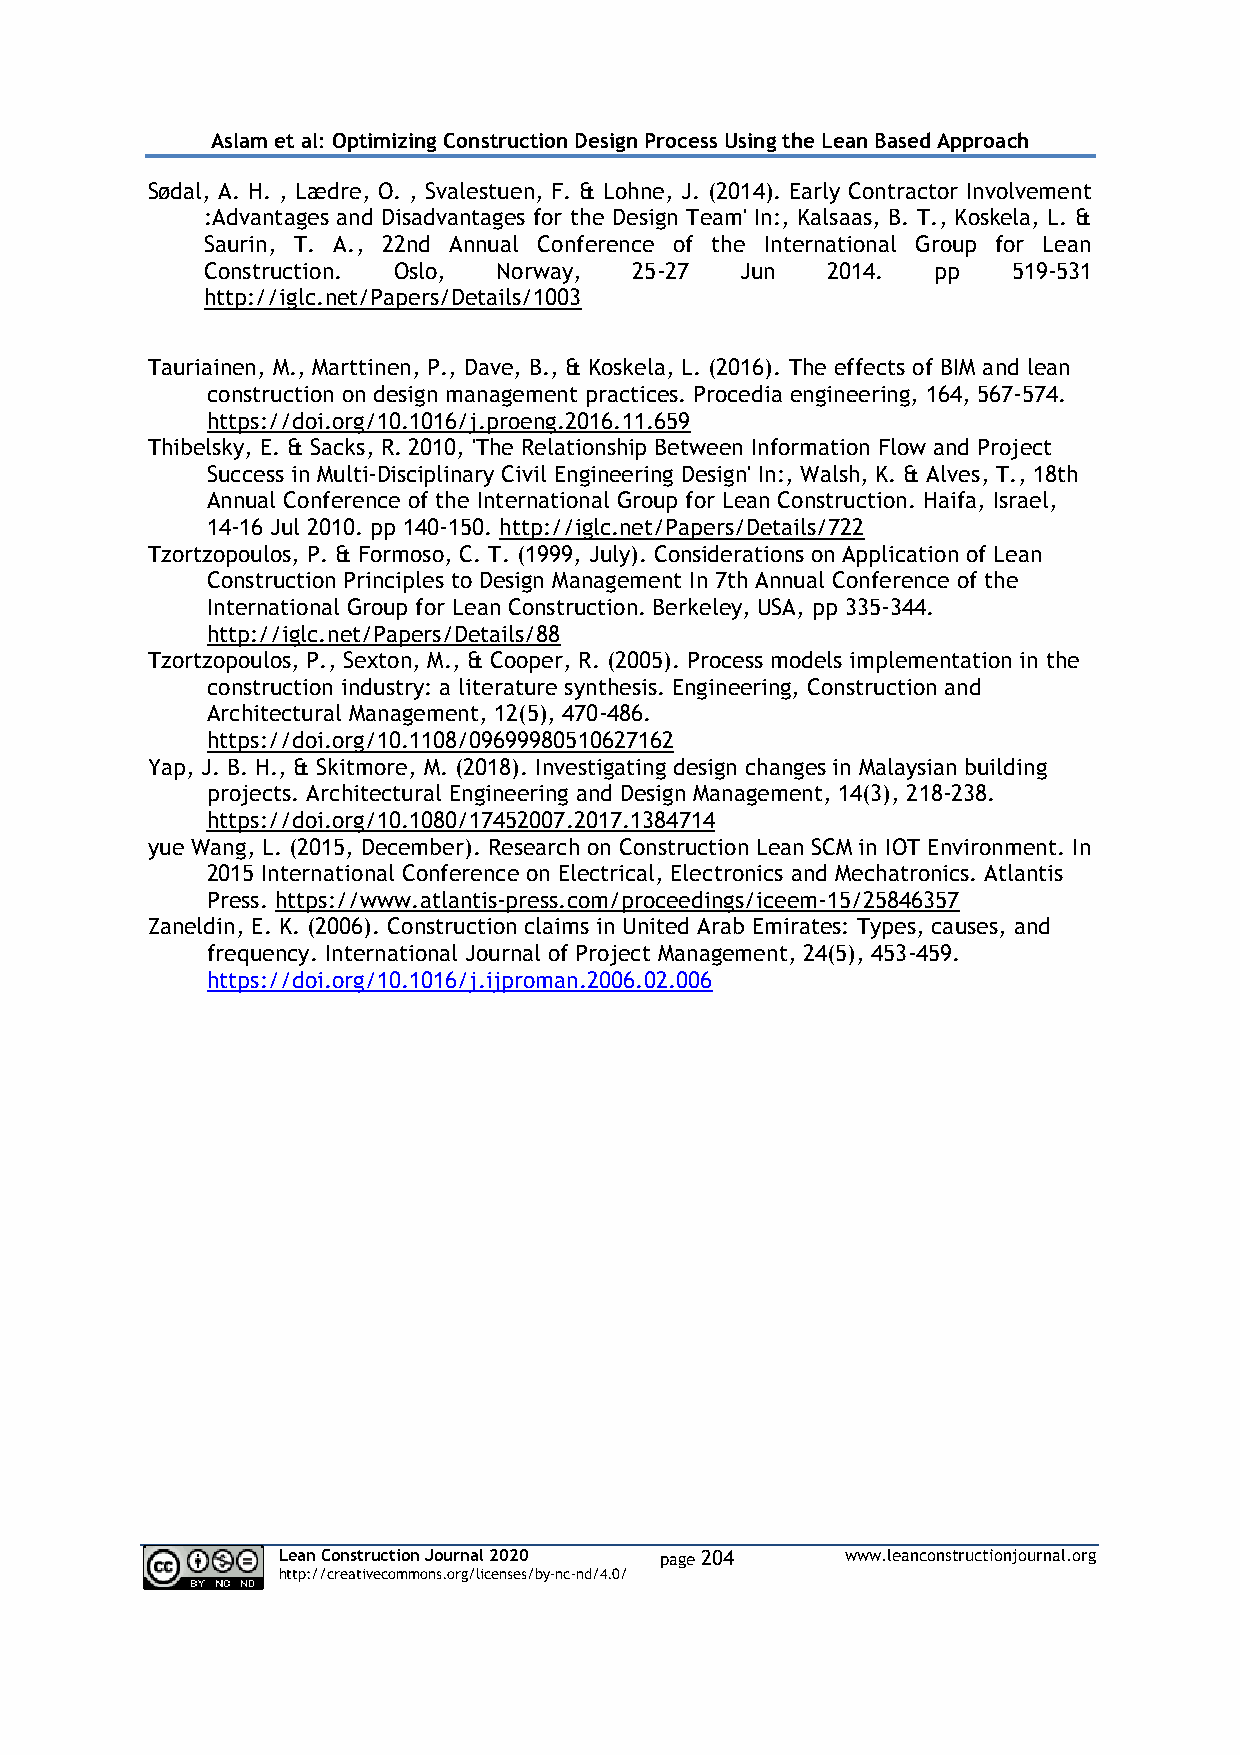
Aslam et al: Optimizing Construction Design Process Using the Lean Based Approach
 Sødal, A. H. , Lædre, O. , Svalestuen, F. & Lohne, J. (2014). Early Contractor Involvement
 :Advantages and Disadvantages for the Design Team' In:, Kalsaas, B. T., Koskela, L. &
 Saurin, T. A., 22nd Annual Conference of the International Group for Lean
 Construction. Oslo, Norway, 25-27  Jun   2014.  pp   519-531
 http://iglc.net/Papers/Details/1003
 Tauriainen, M., Marttinen, P., Dave, B., & Koskela, L. (2016). The effects of BIM and lean
 construction on design management practices. Procedia engineering, 164, 567-574.
 https://doi.org/10.1016/j.proeng.2016.11.659
 Thibelsky, E. & Sacks, R. 2010, 'The Relationship Between Information Flow and Project
 Success in Multi-Disciplinary Civil Engineering Design' In:, Walsh, K. & Alves, T., 18th
 Annual Conference of the International Group for Lean Construction. Haifa, Israel,
 14-16 Jul 2010. pp 140-150. http://iglc.net/Papers/Details/722
 Tzortzopoulos, P. & Formoso, C. T. (1999, July). Considerations on Application of Lean
 Construction Principles to Design Management In 7th Annual Conference of the
 International Group for Lean Construction. Berkeley, USA, pp 335-344.
 http://iglc.net/Papers/Details/88
 Tzortzopoulos, P., Sexton, M., & Cooper, R. (2005). Process models implementation in the
 construction industry: a literature synthesis. Engineering, Construction and
 Architectural Management, 12(5), 470-486.
 https://doi.org/10.1108/09699980510627162
 Yap, J. B. H., & Skitmore, M. (2018). Investigating design changes in Malaysian building
 projects. Architectural Engineering and Design Management, 14(3), 218-238.
 https://doi.org/10.1080/17452007.2017.1384714
 yue Wang, L. (2015, December). Research on Construction Lean SCM in IOT Environment. In
 2015 International Conference on Electrical, Electronics and Mechatronics. Atlantis
 Press. https://www.atlantis-press.com/proceedings/iceem-15/25846357
 Zaneldin, E. K. (2006). Construction claims in United Arab Emirates: Types, causes, and
 frequency. International Journal of Project Management, 24(5), 453-459.
 https://doi.org/10.1016/j.ijproman.2006.02.006
 Lean Construction Journal 2020 page 204 www.leanconstructionjournal.org
 http://creativecommons.org/licenses/by-nc-nd/4.0/